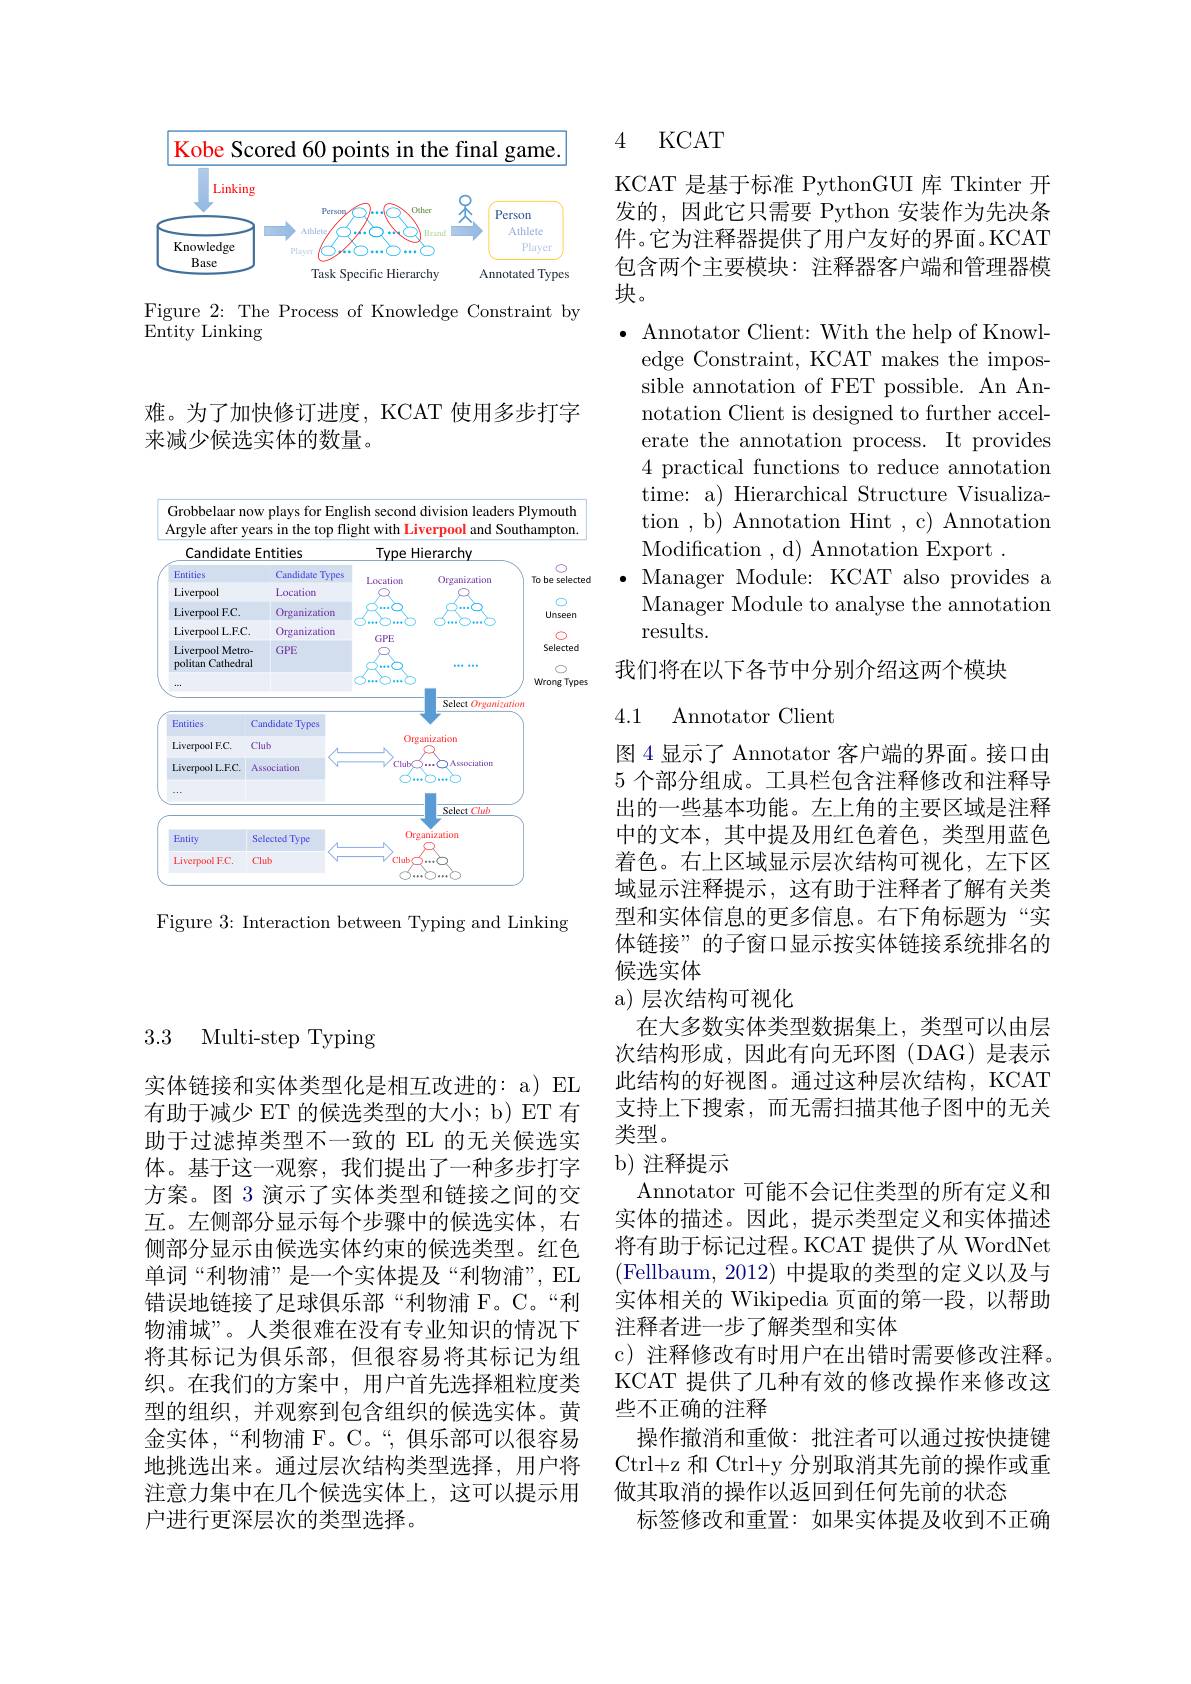
<FigureHere>

Figure 2: The Process of Knowledge Constraint by
$\overset{\circ}{\operatorname*{\operatorname*{Entity}}}$ Linking

难。为了加快修订进度，KCAT 使用多步打字
来减少候选实体的数量。

3.3 Multi-step Typing

实体链接和实体类型化是相互改进的：a) EL 有助于减少 ET 的候选类型的大小；b) ET 有助于过滤掉类型不一致的 EL 的无关候选实体。基于这一观察，我们提出了一种多步打字方案。图 3 演示了实体类型和链接之间的交互。左侧部分显示每个步骤中的候选实体，右侧部分显示由候选实体约束的候选类型。红色单词“利物浦”是一个实体提及“利物浦”, EL 错误地链接了足球俱乐部“利物浦 F。C。“利物浦城”。人类很难在没有专业知识的情况下将其标记为俱乐部，但很容易将其标记为组织。在我们的方案中，用户首先选择粗粒度类型的组织，并观察到包含组织的候选实体。黄金实体，“利物浦 F。C。“,俱乐部可以很容易地挑选出来。通过层次结构类型选择，用户将注意力集中在几个候选实体上，这可以提示用户进行更深层次的类型选择。

<FigureHere>

Figure 3: Interaction between Typing and Linking

## 4 KCAT

KCAT 是基于标准 PythonGUI 库 Tkinter 开发的，因此它只需要 Python 安装作为先决条件。它为注释器提供了用户友好的界面。KCAT 包含两个主要模块：注释器客户端和管理器模块。

$\bullet$ Annotator Client: With the help of Knowl-
edge Constraint, KCAT makes the impossible annotation of FET possible. An Annotation Client is designed to further accelerate the annotation process. It provides 4 practical functions to reduce annotation time: a) Hierarchical Structure Visualization , b) Annotation Hint , c) Annotation Modification , d) Annotation Export .
$\bullet$ Manager Module: KCAT also provides a Manager Module to analyse the annotation results.

我们将在以下各节中分别介绍这两个模块

## 4.1 Annotator Client

图 4 显示了 Annotator 客户端的界面。接口由5 个部分组成。工具栏包含注释修改和注释导出的一些基本功能。左上角的主要区域是注释中的文本，其中提及用红色着色，类型用蓝色着色。右上区域显示层次结构可视化，左下区域显示注释提示，这有助于注释者了解有关类型和实体信息的更多信息。右下角标题为“实体链接”的子窗口显示按实体链接系统排名的候选实体

## a) 层次结构可视化

在大多数实体类型数据集上，类型可以由层次结构形成，因此有向无环图(DAG)是表示此结构的好视图。通过这种层次结构，KCAT 支持上下搜索，而无需扫描其他子图中的无关类型。

### b) 注释提示

Annotator 可能不会记住类型的所有定义和实体的描述。因此，提示类型定义和实体描述将有助于标记过程。KCAT 提供了从 WordNet (Fellbaum, 2012) 中提取的类型的定义以及与实体相关的 Wikipedia 页面的第一段，以帮助注释者进一步了解类型和实体
c) 注释修改有时用户在出错时需要修改注释。KCAT 提供了几种有效的修改操作来修改这些不正确的注释
操作撤消和重做：批注者可以通过按快捷键Ctrl+z 和 Ctrl+y 分别取消其先前的操作或重做其取消的操作以返回到任何先前的状态
标签修改和重置：如果实体提及收到不正确